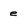
Character: e